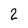
Character: 2